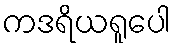
ကဒရိယရူပေါ